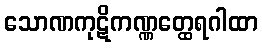
သောဏကုဋိကဏ္ဏတ္ထေရဂါထာ